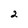
Character: 2